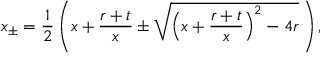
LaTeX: x _ { \pm } = \frac { 1 } { 2 } \left( x + \frac { r + t } { x } \pm \sqrt { \left( x + \frac { r + t } { x } \right) ^ { 2 } - 4 r } \, \right) ,